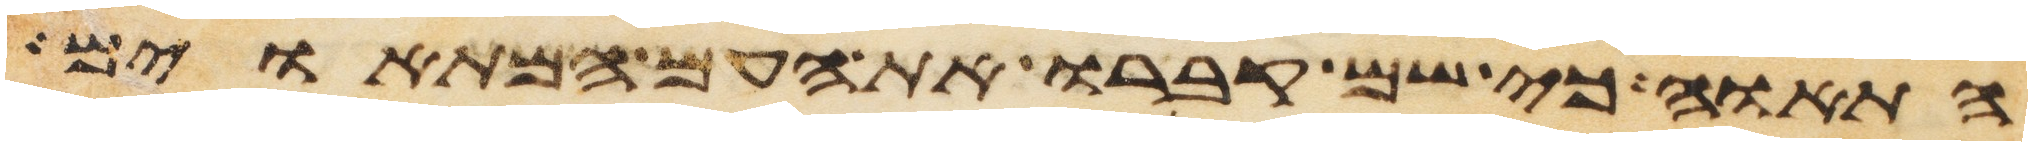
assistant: התאוה כי שם קברו את העם המתאוים